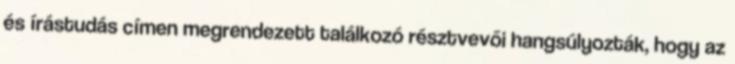
és írástudás címen megrendezett találkozó résztvevői hangsúlyozták, hogy az